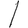
Digit: 1